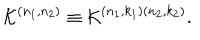
LaTeX: { \cal K } ^ { \left( n _ { 1 } , n _ { 2 } \right) } \equiv { \cal K } ^ { \left( n _ { 1 } , k _ { 1 } \right) \left( n _ { 2 } , k _ { 2 } \right) } .